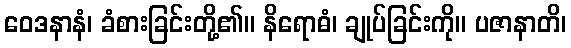
ဝေဒနာနံ၊ ခံစားခြင်းတို့၏။ နိရောဓံ၊ ချုပ်ခြင်းကို။ ပဇာနာတိ၊